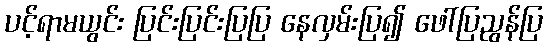
ပင့်ရာမယွင်း ပြင်းပြင်းပြပြ နေလှမ်းပြ၍ ဖေါ်ပြညွန်ပြ